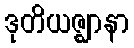
ဒုတိယဇ္ဈာနာ